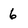
Character: 6